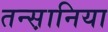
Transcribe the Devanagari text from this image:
तन्स़ानिया